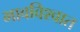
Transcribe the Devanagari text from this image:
भावविश्‍वात